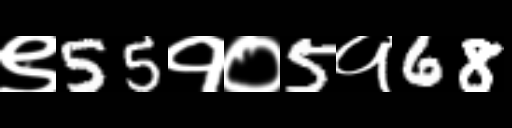
Text: ९55१०5१68